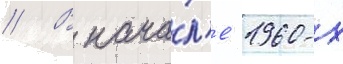
// В нача́л'е 1960-х